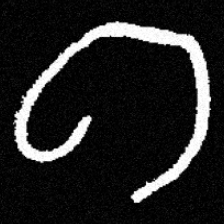
Pyu character \u2014 Myanmar letter: ဂ (romanized: ga)